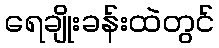
ရေချိုးခန်းထဲတွင်